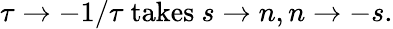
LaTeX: \tau\rightarrow-1/\tau\mathrm{~takes~}s\rightarrow n,n\rightarrow-s.